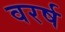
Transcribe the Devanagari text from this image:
वरर्ष